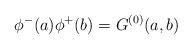
LaTeX: \begin{align*}\phi ^-(a) \phi ^+(b)=G^{(0)} (a,b)\end{align*}